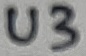
Text: U3